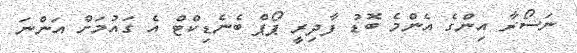
ނަސޯރާ އިންގެ އެންމެ ބޮޑު ފާދިރީ ޕޯޕް ބެނެޑިކްޓް އެ ގައުމަށް އަންނަ